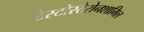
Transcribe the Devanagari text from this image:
टेस्टोस्टेरोनशामिल